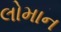
લોમાન